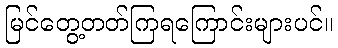
မြင်တွေ့တတ်ကြရကြောင်းများပင်။